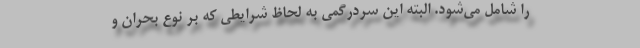
را شامل می‌شود. البته این سردرگمی به لحاظ شرایطی که بر نوع بحران و